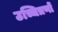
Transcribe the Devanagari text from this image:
उच्चित्रणों